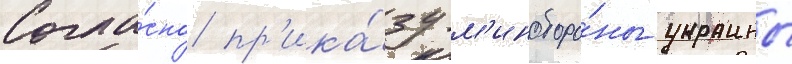
Согла́сно пр'ика́зу м'иноборо́ны украины